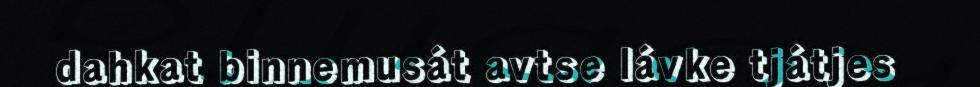
dahkat binnemusát avtse lávke tjátjes